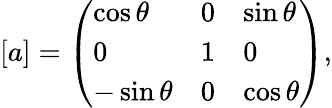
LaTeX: [a]=\left(\begin{array}{lll}{\cos{\theta}}&{0}&{\sin{\theta}}\\ {0}&{1}&{0}\\ {-\sin{\theta}}&{0}&{\cos{\theta}}\end{array}\right),